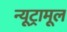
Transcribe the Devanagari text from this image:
न्यूट्रामूल